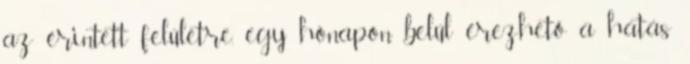
az érintett felületre, egy hónapon belül érezhető a hatás